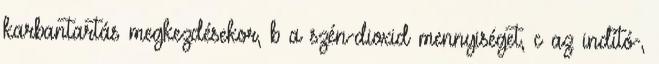
karbantartás megkezdésekor, b a szén-dioxid mennyiséget, c az indító-,